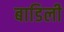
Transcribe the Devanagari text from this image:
बाडिली